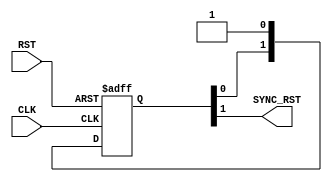
module RST_SYNC #(
	parameter NUM_STAGES = 2
	) (

	input wire RST ,CLK,
	output reg SYNC_RST

	);

	reg [NUM_STAGES-1:0] rst_syn  ;


always @(posedge CLK or negedge RST) begin
	if (!RST) begin
		rst_syn <= 'd0 ;
		
	end
	else begin
		rst_syn [NUM_STAGES-1:0] <= {rst_syn [NUM_STAGES-2:0] , 1'b1} ;

	end
end



always @ (*) begin
	SYNC_RST = rst_syn [NUM_STAGES-1] ;
end




endmodule